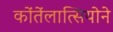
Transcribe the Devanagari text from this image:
कोंतेंलात्सियोने